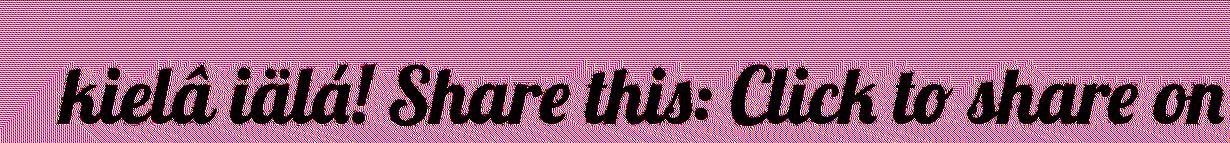
kielâ iälá! Share this: Click to share on